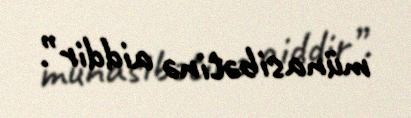
münasibətinə aiddir”.